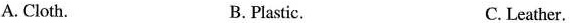
A.Cloth. B. Plastic. C. Leather.